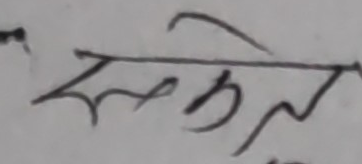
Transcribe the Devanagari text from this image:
लकेल